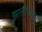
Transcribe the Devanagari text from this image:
झालीजगात